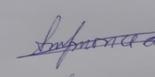
Signature authenticity: genuine